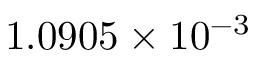
1 . 0 9 0 5 \times 1 0 ^ { - 3 }